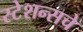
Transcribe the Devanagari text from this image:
स्टेशन्सचे